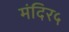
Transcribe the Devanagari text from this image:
मंदिर५